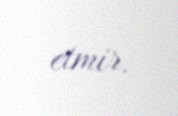
etmir.